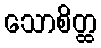
သောစိတ္ထ